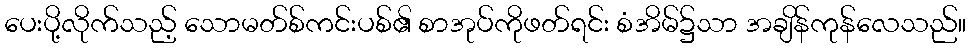
ပေးပို့လိုက်သည့် သောမတ်စ်ကင်းပစ်၏ စာအုပ်ကိုဖတ်ရင်း စံအိမ်၌သာ အချိန်ကုန်လေသည်။